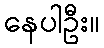
နေပါဦး။